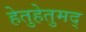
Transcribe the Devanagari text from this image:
हेतुहेतुमद्